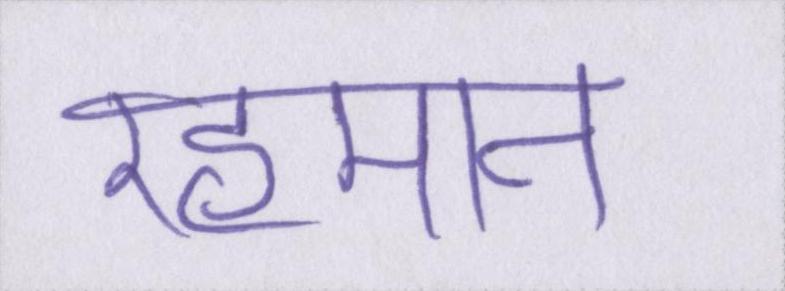
रहमान